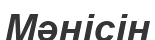
Мәнісін